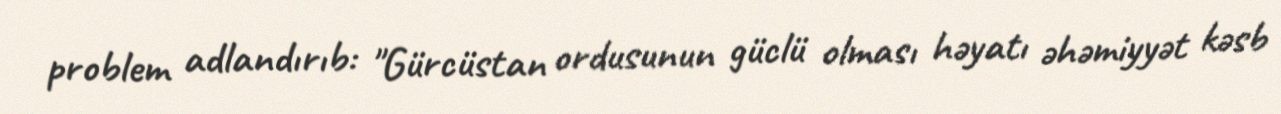
problem adlandırıb: "Gürcüstan ordusunun güclü olması həyatı əhəmiyyət kəsb